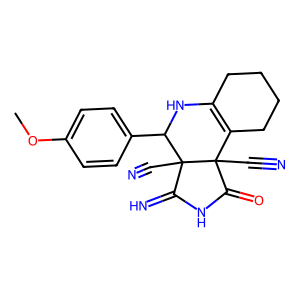
SMILES: COc1ccc(C2NC3=C(CCCC3)C3(C#N)C(=O)NC(=N)C23C#N)cc1
Inhibits HIV replication: No